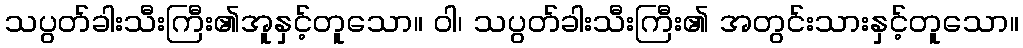
သပွတ်ခါးသီးကြီး၏အူနှင့်တူသော။ ဝါ၊ သပွတ်ခါးသီးကြီး၏ အတွင်းသားနှင့်တူသော။